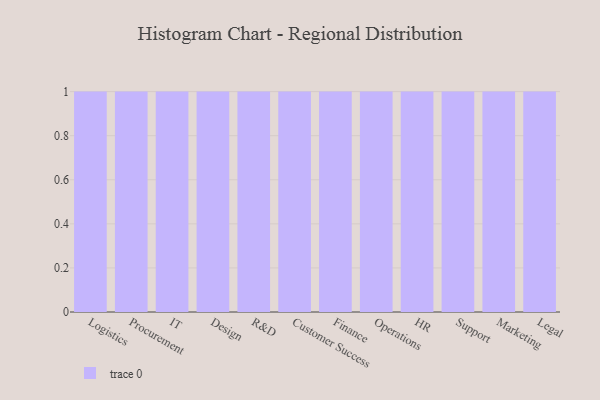
{"axis": {"x": "Department", "y": "LTV (USD)"}, "legend": [""], "data": [{"x": "Logistics", "y": 10, "type": ""}, {"x": "Procurement", "y": 18, "type": ""}, {"x": "IT", "y": 15, "type": ""}, {"x": "Design", "y": 61, "type": ""}, {"x": "R&D", "y": 65, "type": ""}, {"x": "Customer Success", "y": 68, "type": ""}, {"x": "Finance", "y": 46, "type": ""}, {"x": "Operations", "y": 81, "type": ""}, {"x": "HR", "y": 28, "type": ""}, {"x": "Support", "y": 78, "type": ""}, {"x": "Marketing", "y": 27, "type": ""}, {"x": "Legal", "y": 8, "type": ""}]}